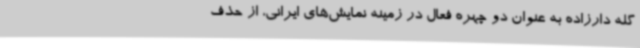
گله دارزاده به عنوان دو چهره فعال در زمینه نمایش‌های ایرانی، از حذف